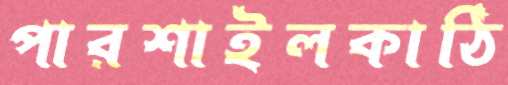
পারশাইলকাঠি